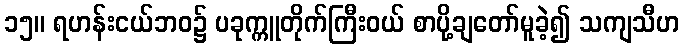
၁၅။ ရဟန်းငယ်ဘဝ၌ ပခုက္ကူတိုက်ကြီးဝယ် စာပို့ချတော်မူခဲ့၍ သကျသီဟ